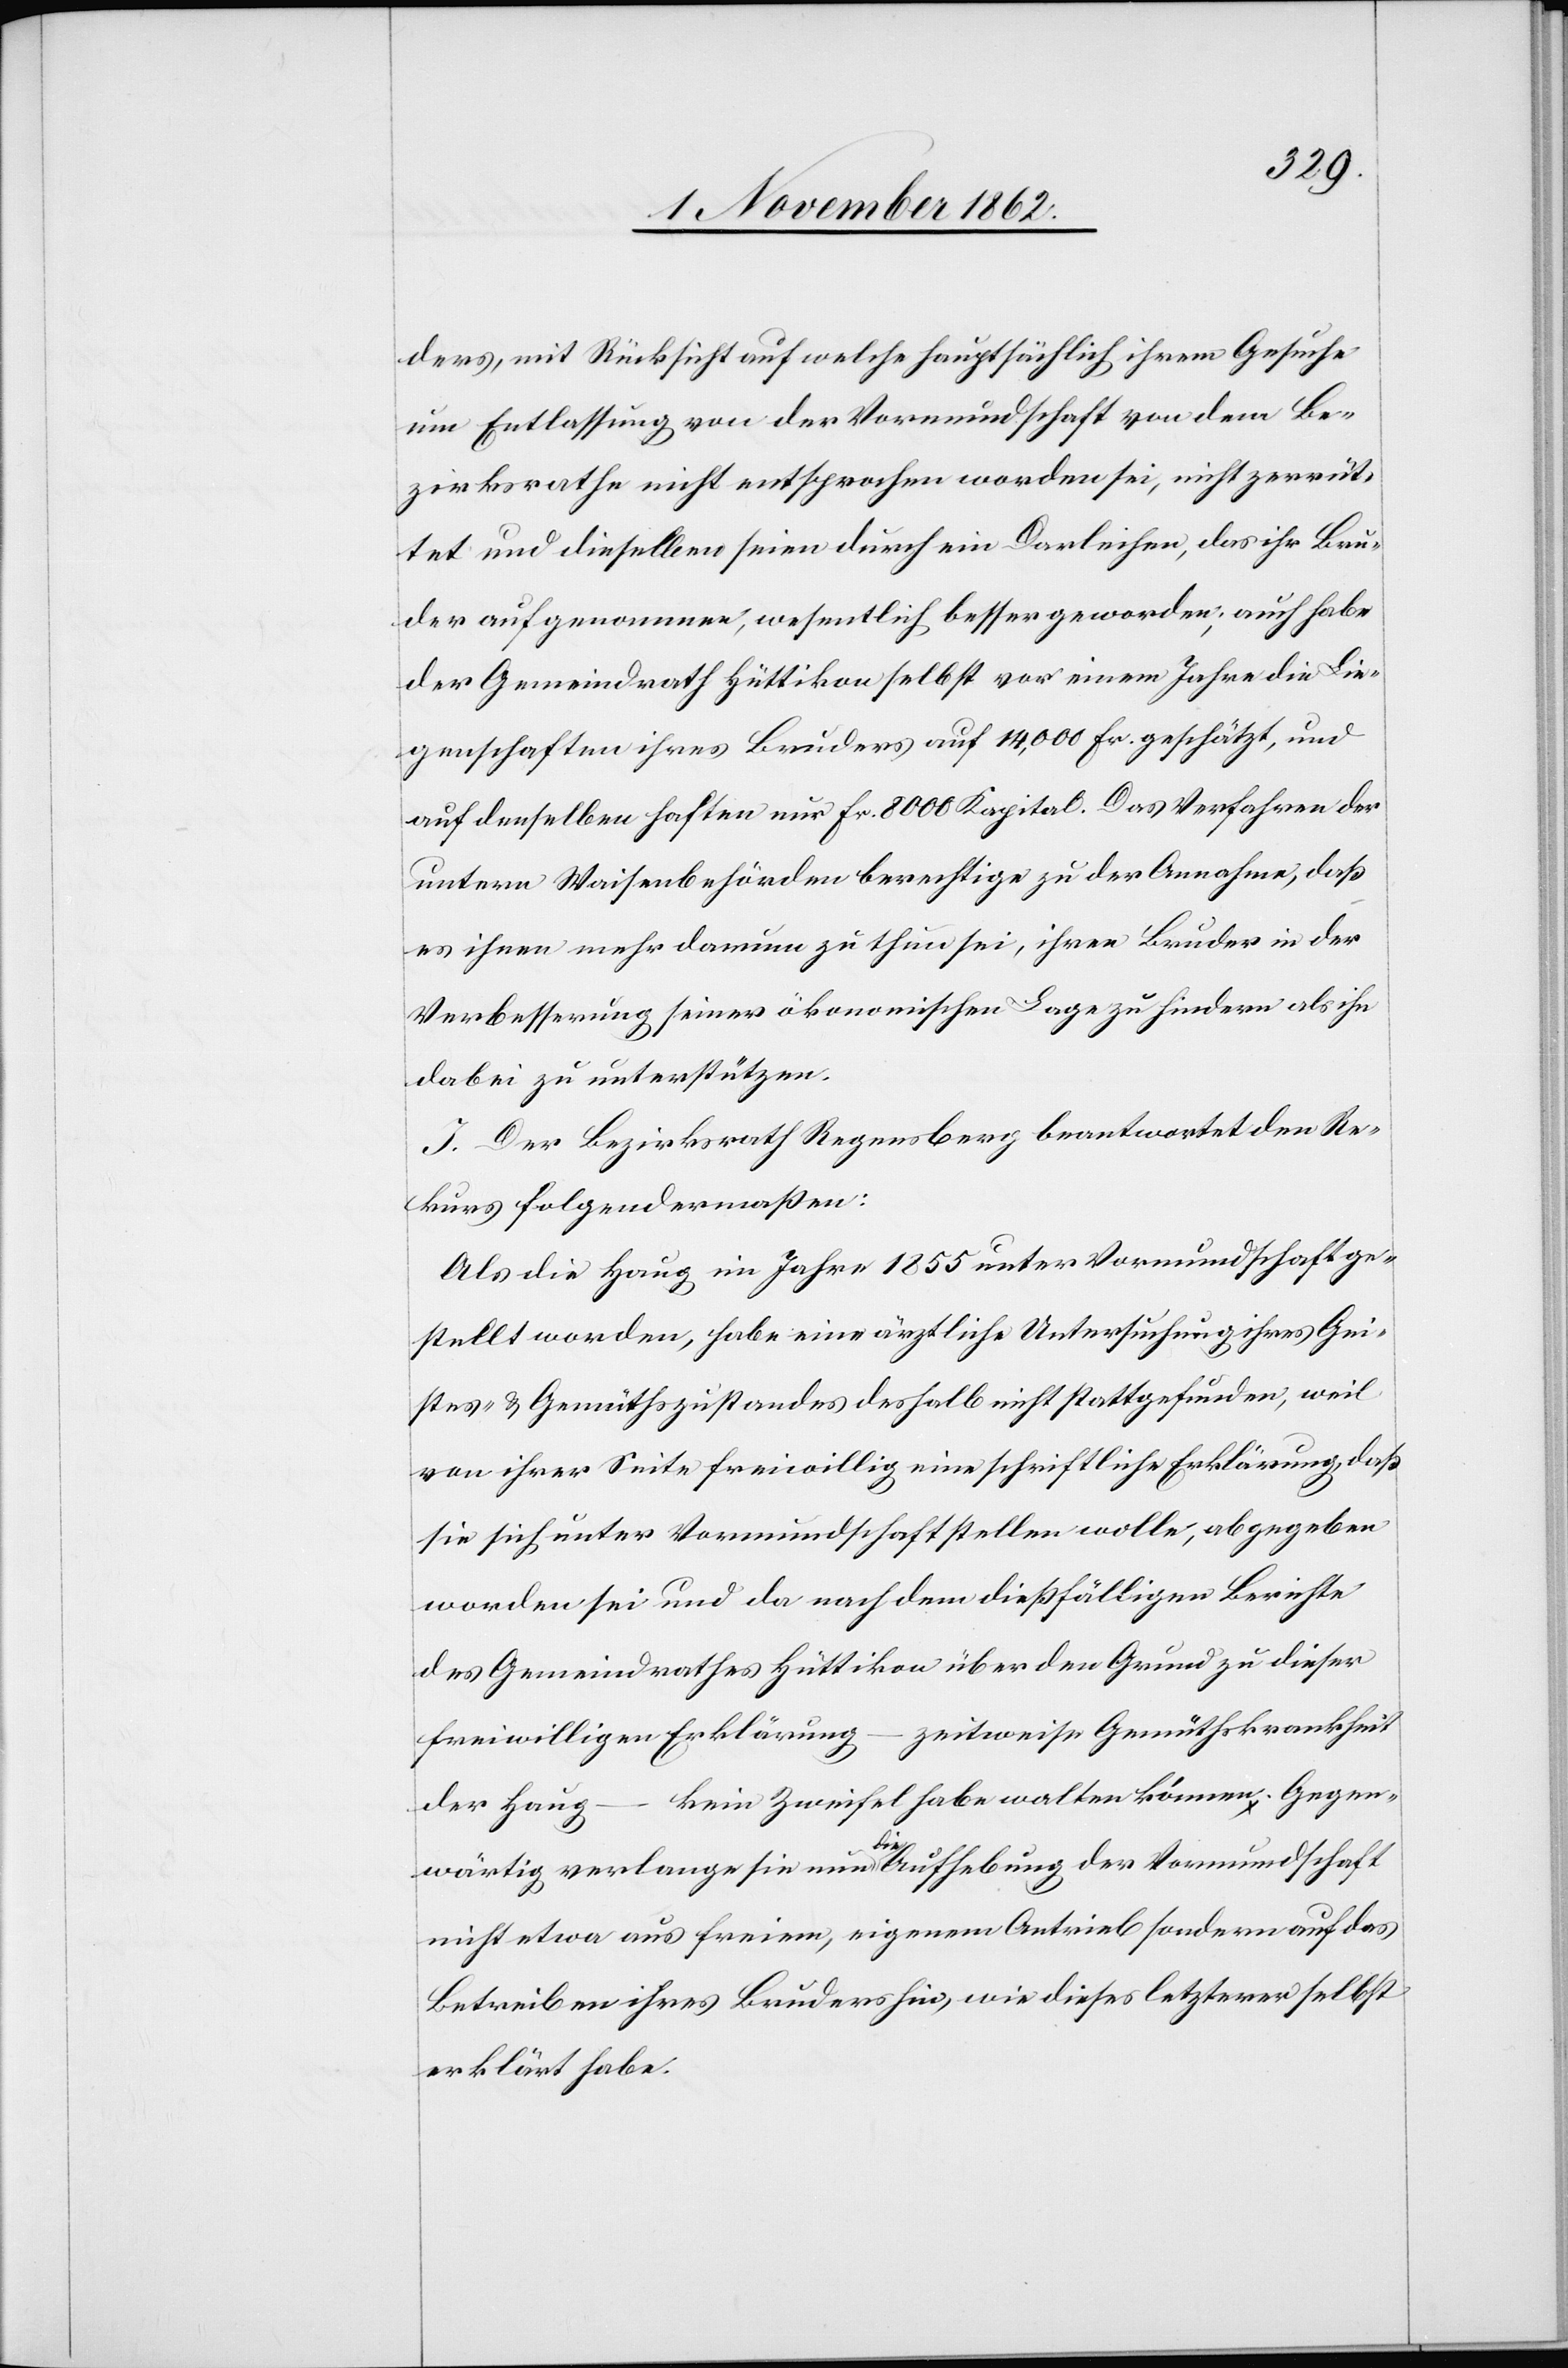
ders, mit Rücksicht auf welche hauptsächlich ihrem Gesuche
um Entlassung von der Vormundschaft von dem Be¬
zirksrathe nicht entsprochen worden sei, nicht zerrüt¬
tet und dieselben seien durch ein Darleihen, das ihr Bru¬
der aufgenommen, wesentlich besser geworden; auch habe
der Gemeindrath Hüttikon selbst vor einem Jahre die Lie¬
genschaften ihres Bruders auf 14,000 Fr. geschätzt, und
auf denselben haften nur Fr. 8000 Kapital. Das Verfahren der
untern Waisenbehörden berechtige zu der Annahme, daß
es ihnen mehr darum zu thun sei, ihren Bruder in der
Verbesserung seiner ökonomischen Lage zu hindern als ihn
dabei zu unterstützen.
J. Der Bezirksrath Regensberg beantwortet den Re¬
kurs folgendermaßen:
Als die Haug im Jahr 1855 unter Vormundschaft ge¬
stellt worden, habe eine ärztliche Untersuchung ihres Gei¬
stes- u. Gemüthszustandes deshalb nicht stattgefunden, weil
von ihrer Seite freiwillig eine schriftliche Erklärung, daß
sie sich unter Vormundschaft stellen wolle, abgegeben
worden sei und da nach dem dießfälligen Berichte
des Gemeindrathes Hüttikon über den Grund zu dieser
freiwilligen Erklärung – zeitweise Gemüthskrankheit
kein Zweifel habe walten können. Gegen¬
der Haug
–
wärtig verlange sie nun die Aufhebung der Vormundschaft
nicht etwa aus freien, eigenem Antrieb sondern auf das
Betreiben ihres Bruders hin, wie dieses letzterer selbst
erklärt habe.